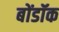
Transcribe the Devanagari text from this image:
बोंडॉक